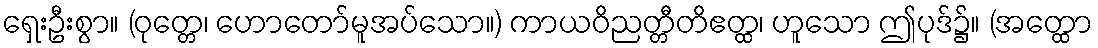
ရှေးဦးစွာ။ (ဝုတ္တေ၊ ဟောတော်မူအပ်သော။) ကာယဝိညတ္တီတိဧတ္ထ၊ ဟူသော ဤပုဒ်၌။ (အတ္ထော